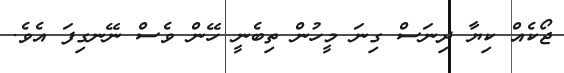
ޖޯކެއް ކިޔާ ދިނަސް ގިނަ މީހުން ތިބެނީ ހޭން ވެސް ނޭނގިފަ އެވެ.